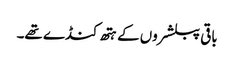
باقی پبلشروں کے ہتھ کنڈے تھے۔